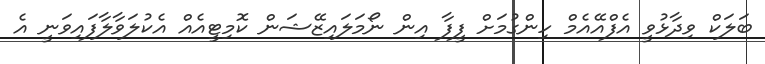
ބަލަކް ވިދާޅުވީ އެފްއޭއެމް ހިންގުމަށް ފީފާ އިން ނޯމަލައިޒޭޝަން ކޮމިޓީއެއް އެކުލަވާލާފައިވަނީ އެ